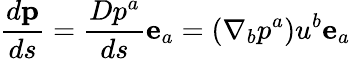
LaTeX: \frac{d\mathbf{p}}{ds}=\frac{Dp^{a}}{ds}\mathbf{e}_{a}=(\nabla_{b}p^{a})u^{b}\mathbf{e}_{a}